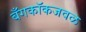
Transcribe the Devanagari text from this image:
बँगकॉकजवळ